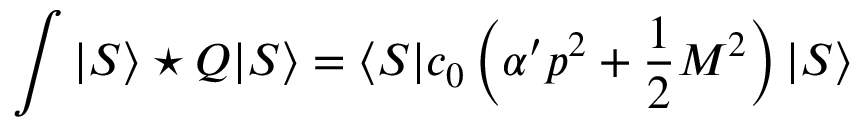
\int | S \rangle \star Q | S \rangle = \langle S | c _ { 0 } \left( \alpha ^ { \prime } p ^ { 2 } + \frac { 1 } { 2 } M ^ { 2 } \right) | S \rangle